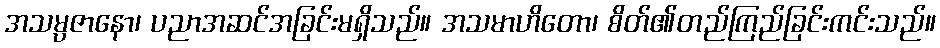
အသမ္ပဇာနော၊ ပညာအဆင်အခြင်းမရှိသည်။ အသမာဟိတော၊ စိတ်၏တည်ကြည်ခြင်းကင်းသည်။